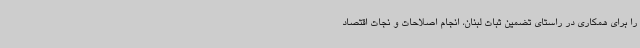
را برای همکاری در راستای تضمین ثبات لبنان، انجام اصلاحات و نجات اقتصاد